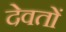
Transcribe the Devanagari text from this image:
देवतों